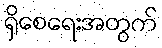
ရှိစေရေးအတွက်